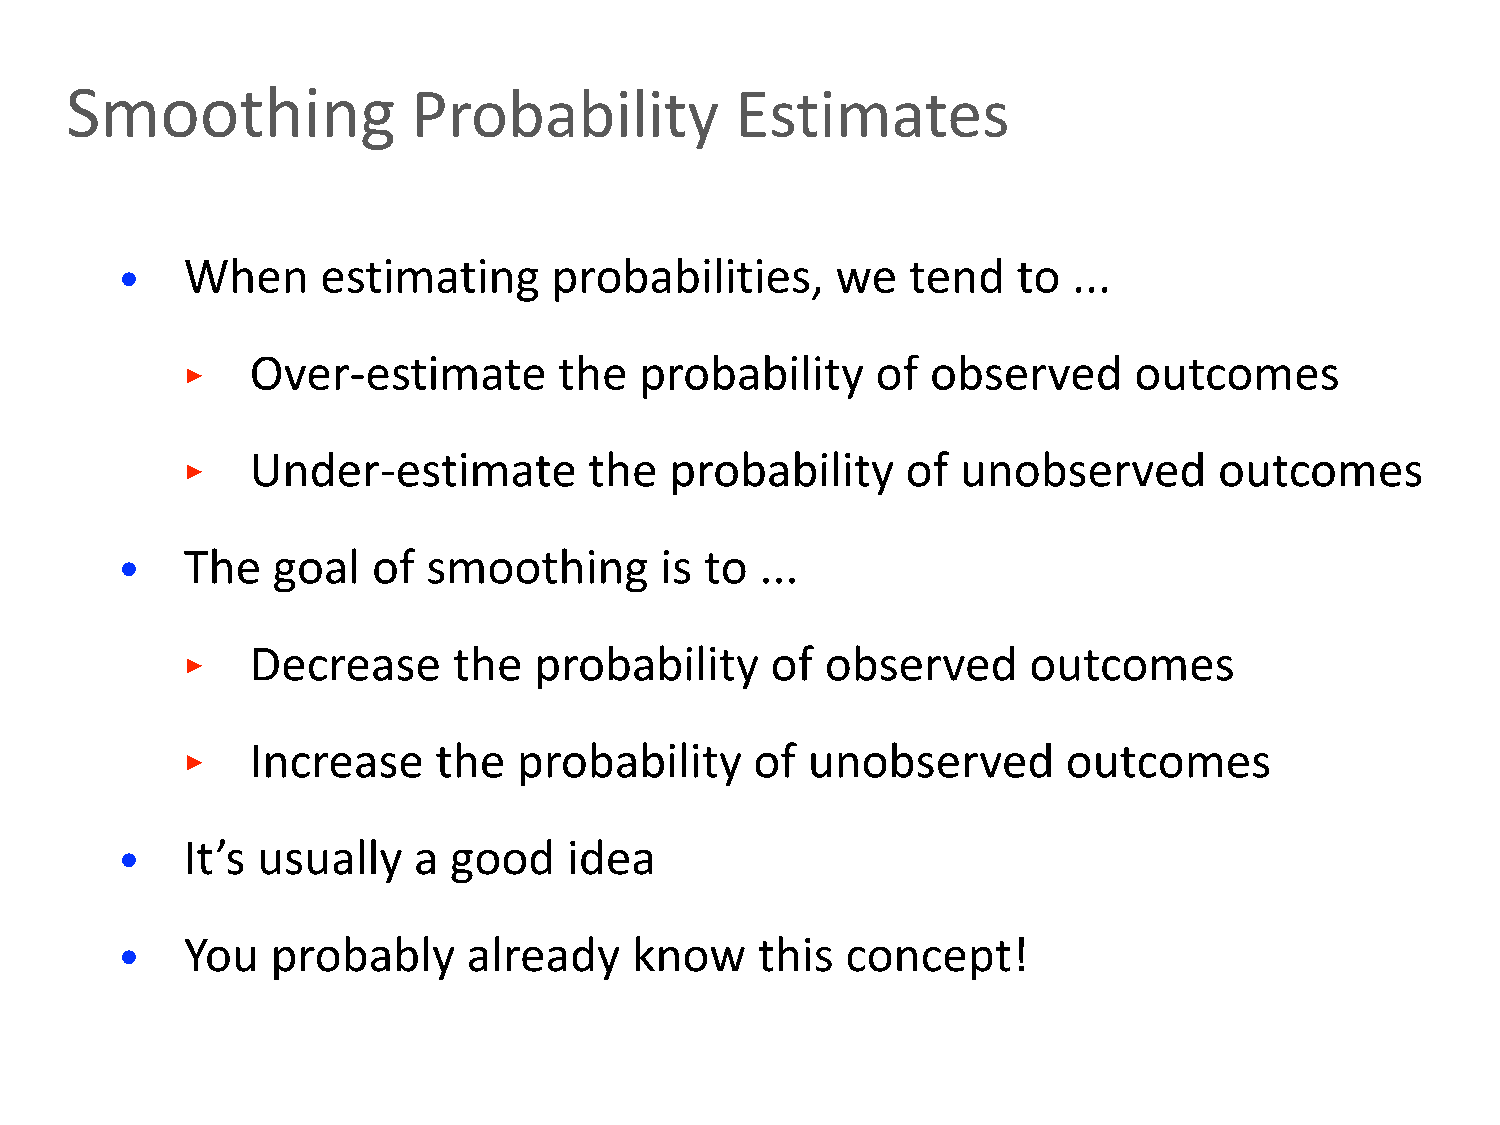
Smoothing              Probability           Estimates
 •   When     estimating      probabilities,    we   tend   to  ...
 ‣    Over-estimate       the  probability     of  observed     outcomes
 ‣    Under-estimate        the  probability     of  unobserved       outcomes
 •   The   goal   of smoothing       is to ...
 ‣    Decrease     the  probability     of  observed     outcomes
 ‣    Increase    the  probability     of unobserved        outcomes
 •   It’s usually   a  good    idea
 •   You   probably     already    know    this  concept!